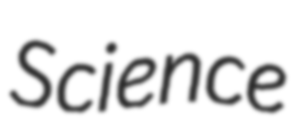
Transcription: Science